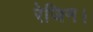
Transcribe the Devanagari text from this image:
रेजिन।